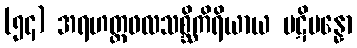
(၅၄) အရဟတ္တဖလသစ္ဆိကိရိယာယ ပဋိပန္နော